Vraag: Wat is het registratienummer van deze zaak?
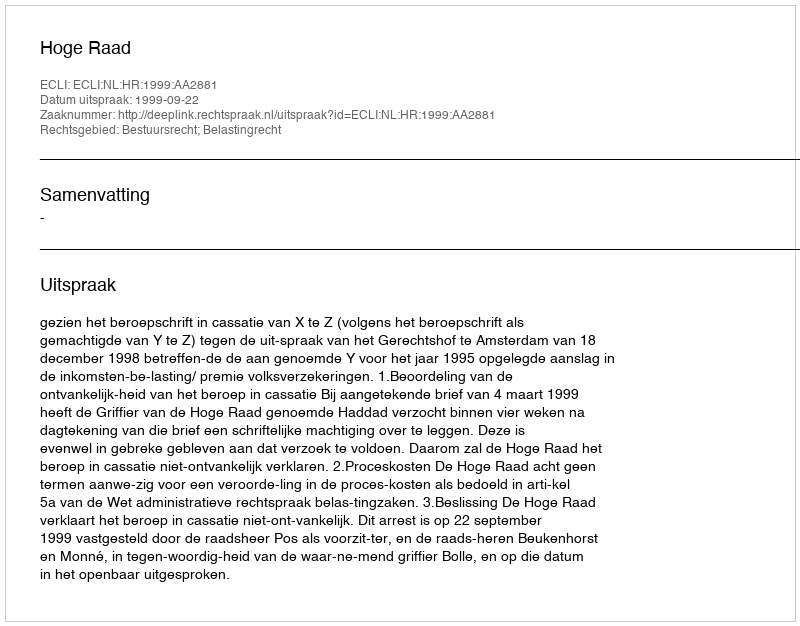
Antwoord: http://deeplink.rechtspraak.nl/uitspraak?id=ECLI:NL:HR:1999:AA2881